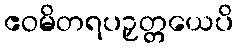
ဧဝမိတရပဉှတ္တယေပိ